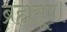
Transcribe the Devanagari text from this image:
ब्रह्मसूत्र।